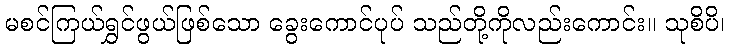
မစင်ကြယ်ရွှင်ဖွယ်ဖြစ်သော ခွေးကောင်ပုပ် သည်တို့ကိုလည်းကောင်း။ သုစိပိ၊